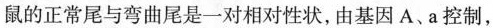
鼠的正常尾与弯曲尾是一对相对性状，由基因A、a控制，